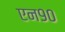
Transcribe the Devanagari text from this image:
एन९०